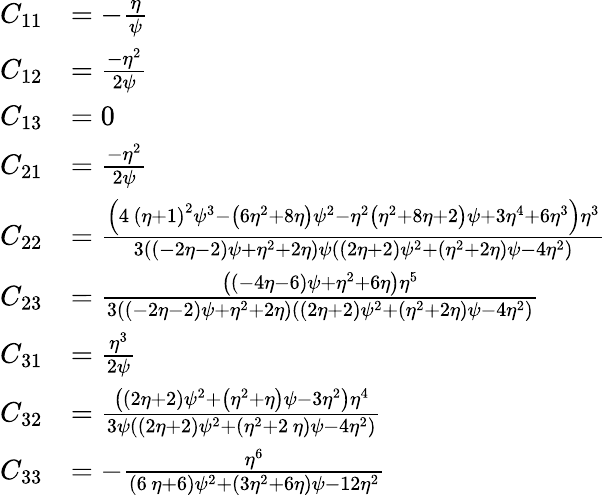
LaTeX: \begin{array}{rl}{C_{11}}&{=-\frac{\eta}{\psi}}\\ {C_{12}}&{={\frac{-{\eta}^{2}}{2\psi}}}\\ {C_{13}}&{=0}\\ {C_{21}}&{={\frac{-{\eta}^{2}}{2\psi}}}\\ {C_{22}}&{=\frac{\left(4\, \left(\eta+1\right)^{2}\psi^{3}-\left(6\eta^{2}+8\eta\right)\psi^{2}-\eta^{2}\left(\eta^{2}+8\eta+2\right)\psi+3\eta^{4}+6\eta^{3}\right){\eta}^{3}}{3\left(\left(-2\eta-2\right)\psi+{\eta}^{2}+2\eta\right)\psi\left(\left(2\eta+2\right)\psi^{2}+\left({\eta}^{2}+2\eta\right)\psi-4\eta^{2}\right)}}\\ {C_{23}}&{=\frac{\left(\left(-4\eta-6\right)\psi+\eta^{2}+6\eta\right)\eta^{5}}{3((-2\eta-2)\psi+\eta^{2}+2\eta)((2\eta+2)\psi^{2}+(\eta^{2}+2\eta)\psi-4\eta^{2})}}\\ {C_{31}}&{={\frac{{\eta}^{3}}{2\psi}}}\\ {C_{32}}&{={\frac{\left(\left(2\eta+2\right)\psi^{2}+\left({\eta}^{2}+\eta\right)\psi-3\eta^{2}\right){\eta}^{4}}{3\psi\left(\left(2\eta+2\right)\psi^{2}+\left({\eta}^{2}+2\, \eta\right)\psi-4\eta^{2}\right)}}}\\ {C_{33}}&{=-{\frac{{\eta}^{6}}{\left(6\, \eta+6\right)\psi^{2}+\left(3\eta^{2}+6\eta\right)\psi-12\eta^{2}}}}\end{array}